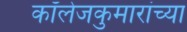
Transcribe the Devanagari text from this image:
कॉलेजकुमारांच्या